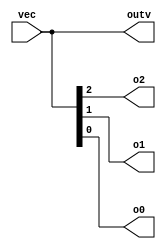
module top_module ( 
    input wire [2:0] vec,
    output wire [2:0] outv,
    output wire o2,
    output wire o1,
    output wire o0  ); // Module body starts after module declaration
	
    //Notice that the declaration of a vector places the dimensions before the name of the vector, which is unusual 
    //compared to C syntax. However, the part select has the dimensions after the vector name as you would expect.
    
    //declaring something "input" or "output" automatically declares it  as a wire
    
    assign outv = vec;
    assign   o0 = vec[0];
    assign   o1 = vec[1];
    assign   o2 = vec[2];
    
endmodule